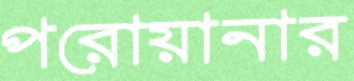
পরোয়ানার